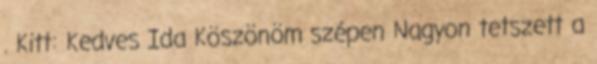
. Kitt: Kedves Ida Köszönöm szépen Nagyon tetszett a